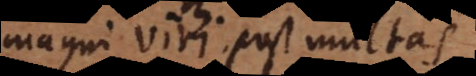
magni viri post multas